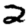
Digit: 2